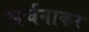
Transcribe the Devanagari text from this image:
अर्चनाकर